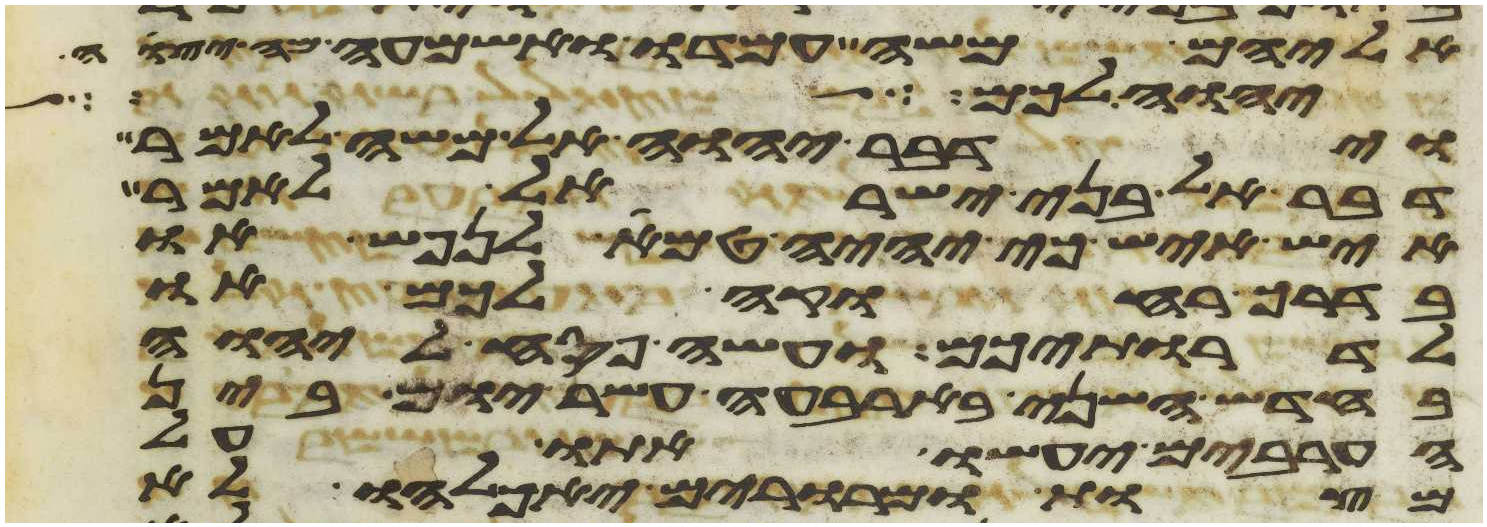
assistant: אליהם משה עמדו ואשמעה מה יצוה
יהוה אשר פתח אהל
וידבר יהוה אל משה לאמר
דבר אל בני ישראל לאמר
איש איש כי יהיה טמא לנפש או
בדרך רחוקה לכם או
לדרתיכם ועשה פסח ליהוה
בחדש השני בארבעה עשר יום בין
הערבים יעשו אתו על
מצות ומררים יאכלהו לא